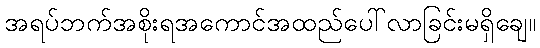
အရပ်ဘက်အစိုးရအကောင်အထည်ပေါ်လာခြင်းမရှိချေ။